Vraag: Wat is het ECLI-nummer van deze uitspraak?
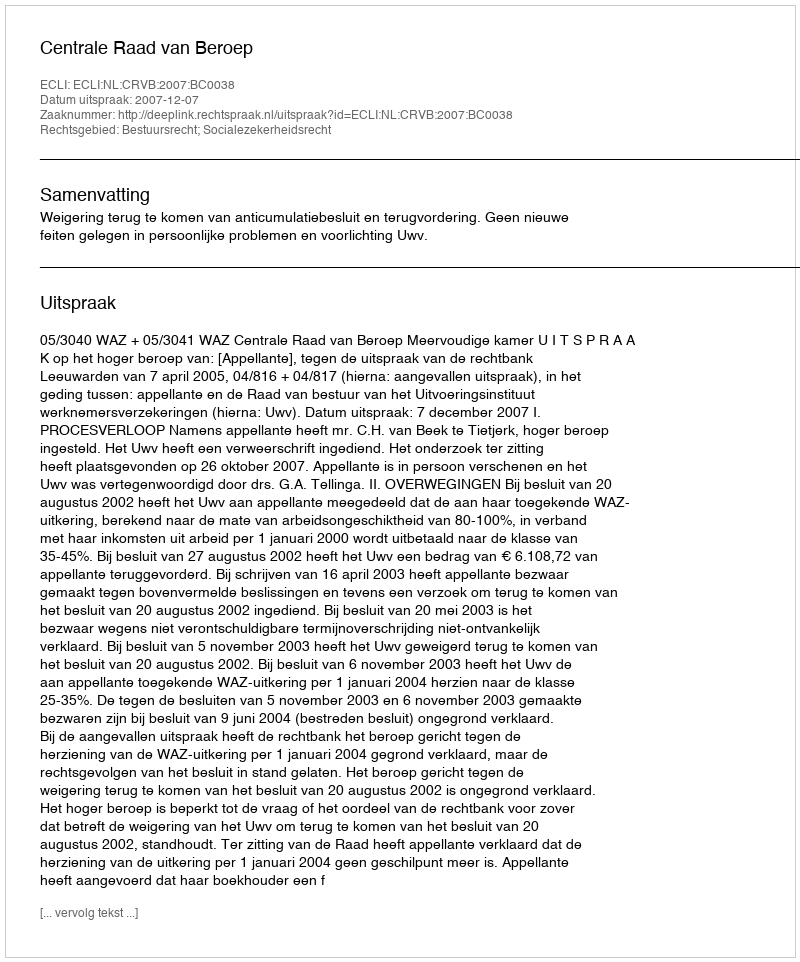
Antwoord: ECLI:NL:CRVB:2007:BC0038